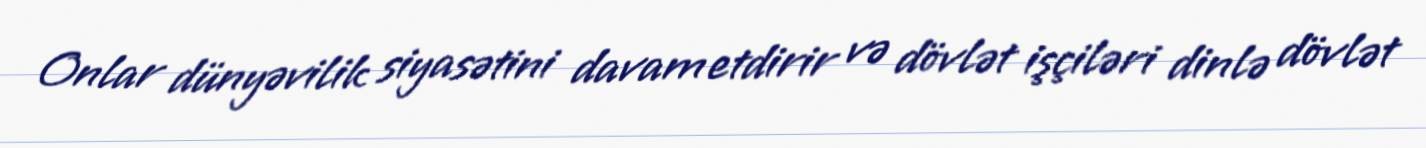
Onlar dünyəvilik siyasətini davam etdirir və dövlət işçiləri dinlə dövlət